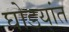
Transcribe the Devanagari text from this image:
घोडयांत